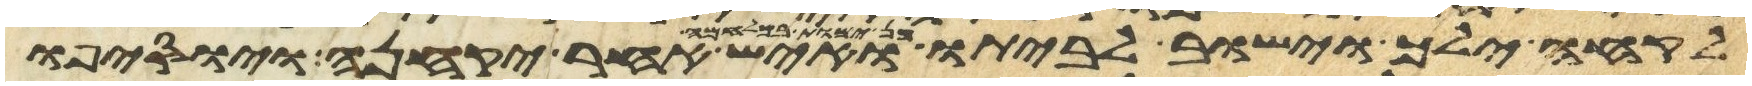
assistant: לקחה ילך וישוב לביתו פן ימות במלחמה ואיש אחר יקחנה ויוסיפו